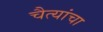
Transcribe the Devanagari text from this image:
चैत्यांचा